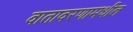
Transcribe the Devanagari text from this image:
वातावरणामधील